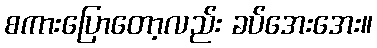
စကားပြောတော့လည်း ခပ်အေးအေး။